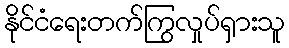
နိုင်ငံရေးတက်ကြွလှုပ်ရှားသူ